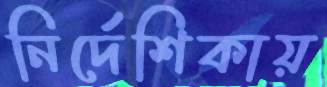
নির্দেশিকায়